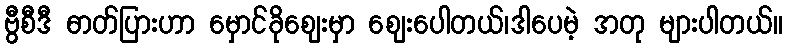
ဗွီစီဒီ ဓာတ်ပြားဟာ မှောင်ခိုဈေးမှာ ဈေးပေါတယ်၊ဒါပေမဲ့ အတု များပါတယ်။